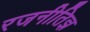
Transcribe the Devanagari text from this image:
रजनीतिज्ञ